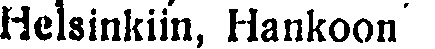
Helsinkiin, Hankoon